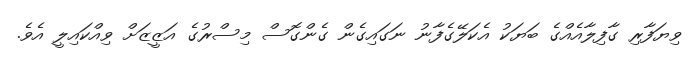
ވިޔަފާރި ގާފިލާއެއްގެ ބަޔަކު އެކަލޭގެފާނު ނަގައިގެން ގެންގޮސް މިސްރުގެ އަޒީޒަށް ވިއްކައިލީ އެވެ.